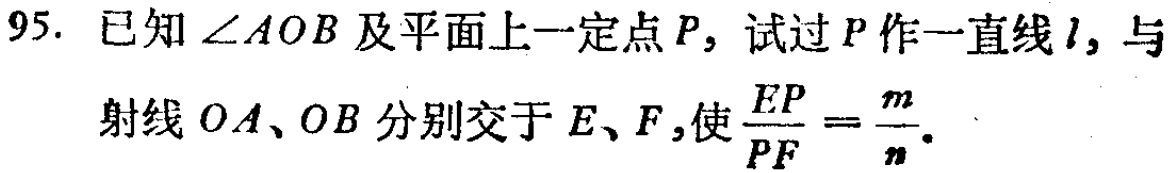
95. 已知$\angle AOB$及平面上一定点$P$，试过$P$作一直线$l$，与射线$OA$、$OB$分别交于$E$、$F$，使$\frac{EP}{PF}=\frac{m}{n}$。